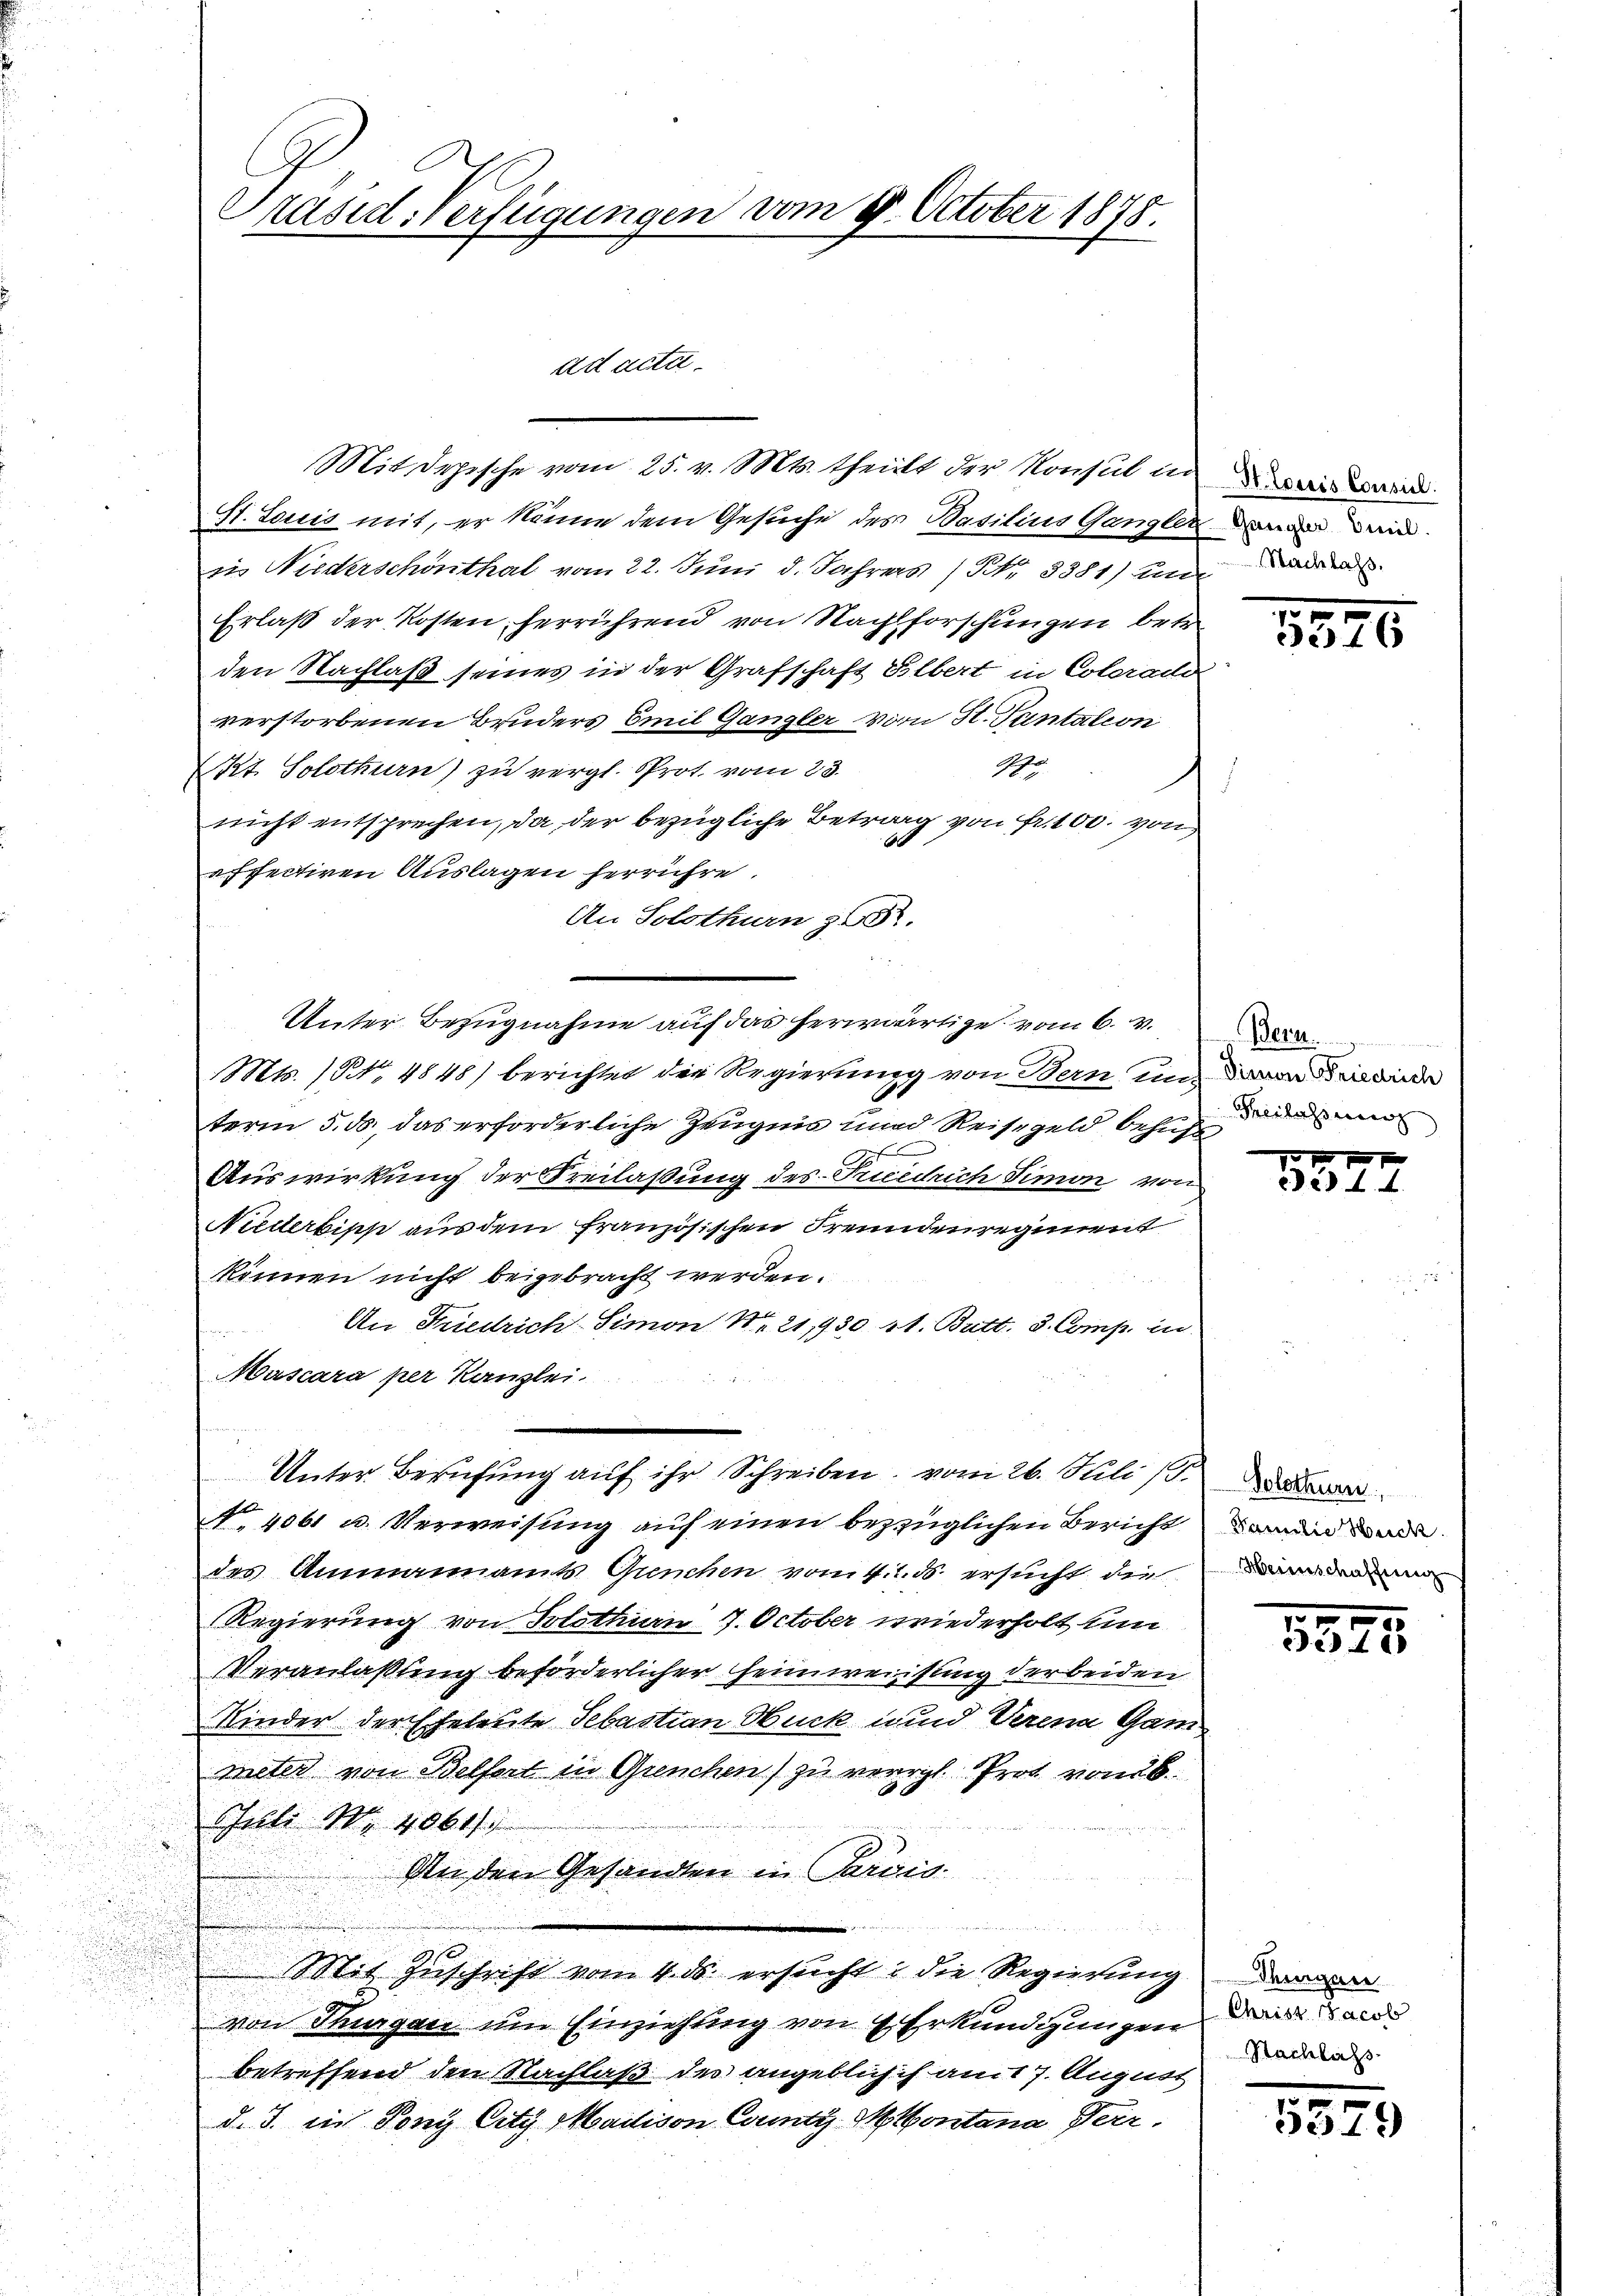
Präsid. Verfügungen vom 9. October 1875.

ad acta.

Mit depesche vom 25. v. Mts. theilt der Konsul in wi
St. Louis mit, er könne dem Gesuche des Basilius Gangler den den
zie Niederschönthal vom 22. Juni d. Jahrers (S. 3381) Ande
Erlaß der Kosten herrührend von Nachforschungen betr.
den Nachlaß seines in der Grafschaft Silbert in Colerade
verstorbenen Bruders Emil Gangler vom St. Tantation
Kt. Solothurn) zu vergl. Prot. vom 23.
No.
nicht entsprechen, da, der bezügliche Betrag von Fr. 100. von
a Isectiren Auslagen herrühre.
An Solothurn § 682.
Unter Bezugnahme auf das herwärtige vom 6. v.
Mts. No. 4848) berichtet der Regierung von Bern unterm 5. ds, das erforderliche Zeugnis und Reisegeld behuf¬
Auswirkung der Freilaßung des Pucedrich Simon von
Niederbiss aus dem französischen Freundenregiment
können nicht beigebracht werden.
An Friedrich Simon N. 21,930 st. Butt. 3. Comp. in
Mascara per Kanzlei.
Unter Berufung auf ihr Schreiben, vom 26. Juli
No. 4061 u. Verweisung auf einen bezüglichen Bericht darin da
des Ammannamts Gunchen vom 11. ds. ersucht die
Regierung von Solothurn 7. October wiederholt um
Veranlaßung beförderlicher Heimweisung der beiden
Kinder der Eheleute Sebastian Ouck und Verena Gam
meter von Belfort in Grenchen) zu verrat Prot von 26.
Juli N. 4061/
An den Gesandten in Parvis
2
Mit Zuschrift vom 4. ds. ersucht u die Regierung darau
von Thurgau um Einziehung von Erkundigungen al
betreffend den Nachlaß des angeblich ich amit 7. August
d. J. in Tony City Madison County Montana Perr

333

5572

1

Bern.
Dienen Friedrich
Freilassung
n

Heienschaffung

3379.

Nachlass

3379